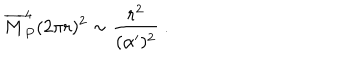
{ \overline { { M } } } _ { P } ^ { 4 } ( 2 \pi r ) ^ { 2 } \sim { \frac { r ^ { 2 } } { ( \alpha ^ { \prime } ) ^ { 2 } } } ~ .